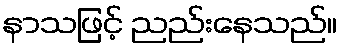
နာသဖြင့် ညည်းနေသည်။